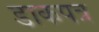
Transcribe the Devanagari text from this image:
डाकपत्र